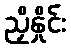
ညှိနှိုင်း